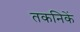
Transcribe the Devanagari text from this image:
तकनिकें